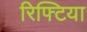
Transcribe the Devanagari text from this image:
रिफ्टिया